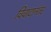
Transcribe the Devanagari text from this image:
विवादानंतर